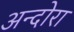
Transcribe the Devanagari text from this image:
अन्दोरा